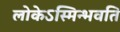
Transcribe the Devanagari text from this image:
लोकेऽस्मिन्भवति